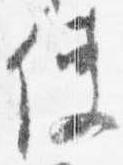
使